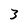
Character: 3